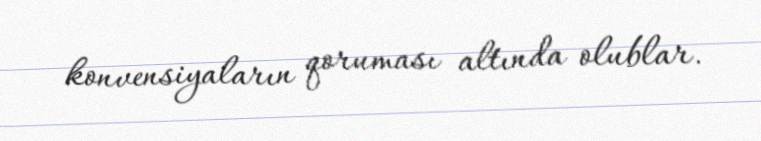
konvensiyaların qoruması altında olublar.